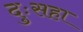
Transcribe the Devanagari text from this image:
दुःसहा